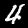
Digit: 4